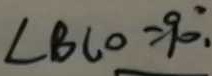
\angle B C O = 9 0 ^ { \circ } .